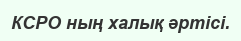
КСРО ның халық әртісі.